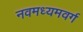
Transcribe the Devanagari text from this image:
नवमध्यमवर्ग